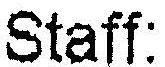
STAFF: